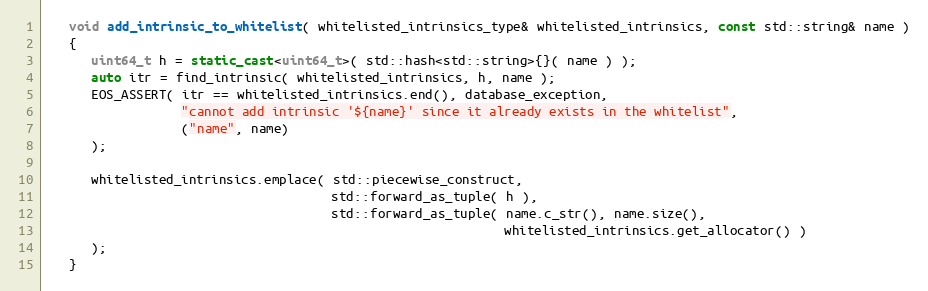
Language: C++
   void add_intrinsic_to_whitelist( whitelisted_intrinsics_type& whitelisted_intrinsics, const std::string& name )
   {
      uint64_t h = static_cast<uint64_t>( std::hash<std::string>{}( name ) );
      auto itr = find_intrinsic( whitelisted_intrinsics, h, name );
      EOS_ASSERT( itr == whitelisted_intrinsics.end(), database_exception,
                  "cannot add intrinsic '${name}' since it already exists in the whitelist",
                  ("name", name)
      );

      whitelisted_intrinsics.emplace( std::piecewise_construct,
                                      std::forward_as_tuple( h ),
                                      std::forward_as_tuple( name.c_str(), name.size(),
                                                             whitelisted_intrinsics.get_allocator() )
      );
   }